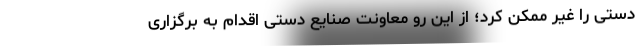
دستی را غیر ممکن کرد؛ از این رو معاونت صنایع دستی اقدام به برگزاری